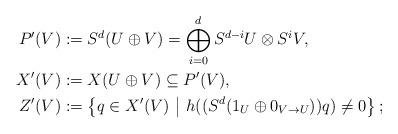
LaTeX: \begin{align*}P'(V)&:=S^d (U \oplus V)=\bigoplus_{i=0}^d S^{d-i} U \otimes S^i V, \\X'(V)&:=X(U \oplus V) \subseteq P'(V), \\Z'(V)&:=\left\{q \in X'(V) ~\middle|~ h((S^d(1_U \oplus 0_{V \to U})) q) \neq 0\right\};\end{align*}